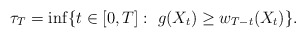
\begin{align*}\tau_T = \inf \{ t \in [0, T]:\ g(X_t) \ge w_{T-t}(X_t) \}.\end{align*}